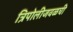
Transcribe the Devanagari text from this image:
त्रिपोलीजवळची